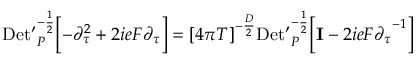
\mathrm { D e t ^ { \prime } } _ { P } ^ { - { \frac { 1 } { 2 } } } \Bigl [ - { \partial } _ { \tau } ^ { 2 } + 2 i e F { \partial } _ { \tau } \Bigr ] = { \lbrack 4 \pi T \rbrack } ^ { - { \frac { D } { 2 } } } \mathrm { D e t ^ { \prime } } _ { P } ^ { - { \frac { 1 } { 2 } } } \Bigl [ { \bf I } - 2 i e F { { \partial } _ { \tau } } ^ { - 1 } \Bigr ] \quad